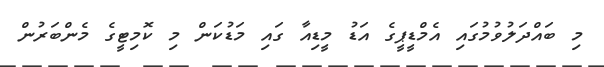
މި ބައްދަލުވުމުގައި އެމްޑީޕީގެ އަޑު މީޑިއާ ގައި މަޑުކަން މި ކޮމިޓީގެ މެންބަރުން